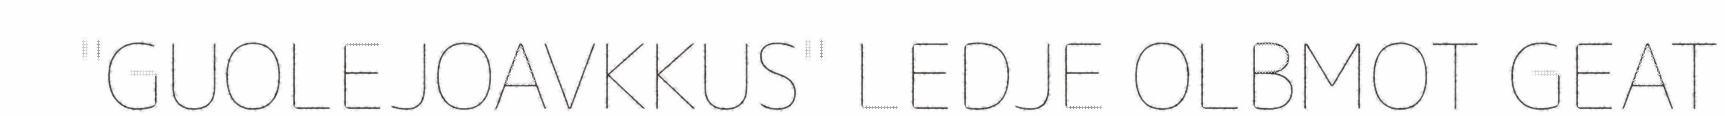
"GUOLEJOAVKKUS" LEDJE OLBMOT GEAT